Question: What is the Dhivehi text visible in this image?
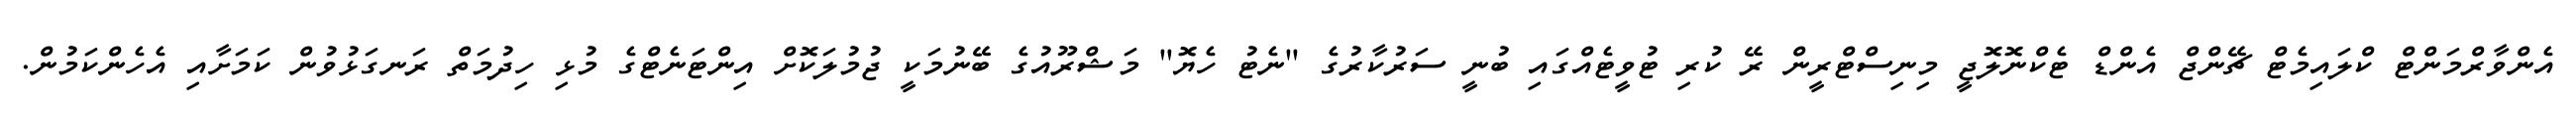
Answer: އެންވާރްމަންޓް ކްލައިމެޓް ޗޭންޖް އެންޑް ޓެކްނޮލޮޖީ މިނިސްޓްރީން ރޭ ކުރި ޓުވީޓެއްގައި ބުނީ ސަރުކާރުގެ "ނެޓު ހެޔޮ" މަޝްރޫއުގެ ބޭނުމަކީ ޖުމުލަކޮށް އިންޓަނެޓްގެ މުޅި ހިދުމަތް ރަނގަޅުވުން ކަމަށާއި އެހެންކަމުން.